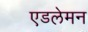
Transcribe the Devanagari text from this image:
एडलेमन